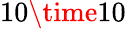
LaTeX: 10\time 10